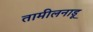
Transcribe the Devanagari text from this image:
तामीलनाडू